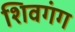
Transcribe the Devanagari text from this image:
शिवगंग